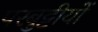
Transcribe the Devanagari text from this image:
परबुट्टीयों